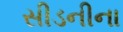
સીડનીના